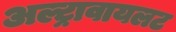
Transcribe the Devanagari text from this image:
अल्ट्रावायलट